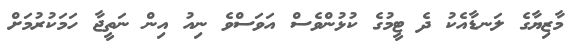
މާޒިޔާގެ ލަނޑާއެކު ދެ ޓީމުގެ ކުޅުންވެސް އަވަސްވެ ނިއު އިން ނަތީޖާ ހަމަކުރުމަށް